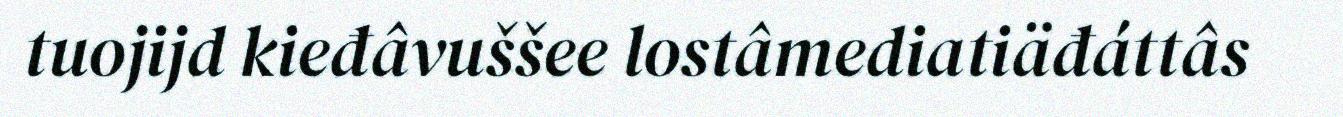
tuojijd kieđâvuššee lostâmediatiäđáttâs